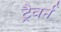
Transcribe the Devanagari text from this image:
ट्रैवर्न